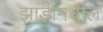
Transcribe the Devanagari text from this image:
झाडीमधील